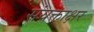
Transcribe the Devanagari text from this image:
संयक्ताक्षर